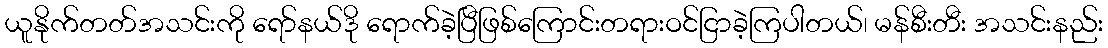
ယူနိုက်တတ်အသင်းကို ရော်နယ်ဒို ရောက်ခဲ့ပြီဖြစ်ကြောင်းတရားဝင်ငြာခဲ့ကြပါတယ်၊ မန်စီးတီး အသင်းနည်း